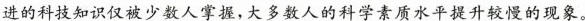
进的科技知识仅被少数人掌握，大多数人的科学素质水平提升较慢的现象。